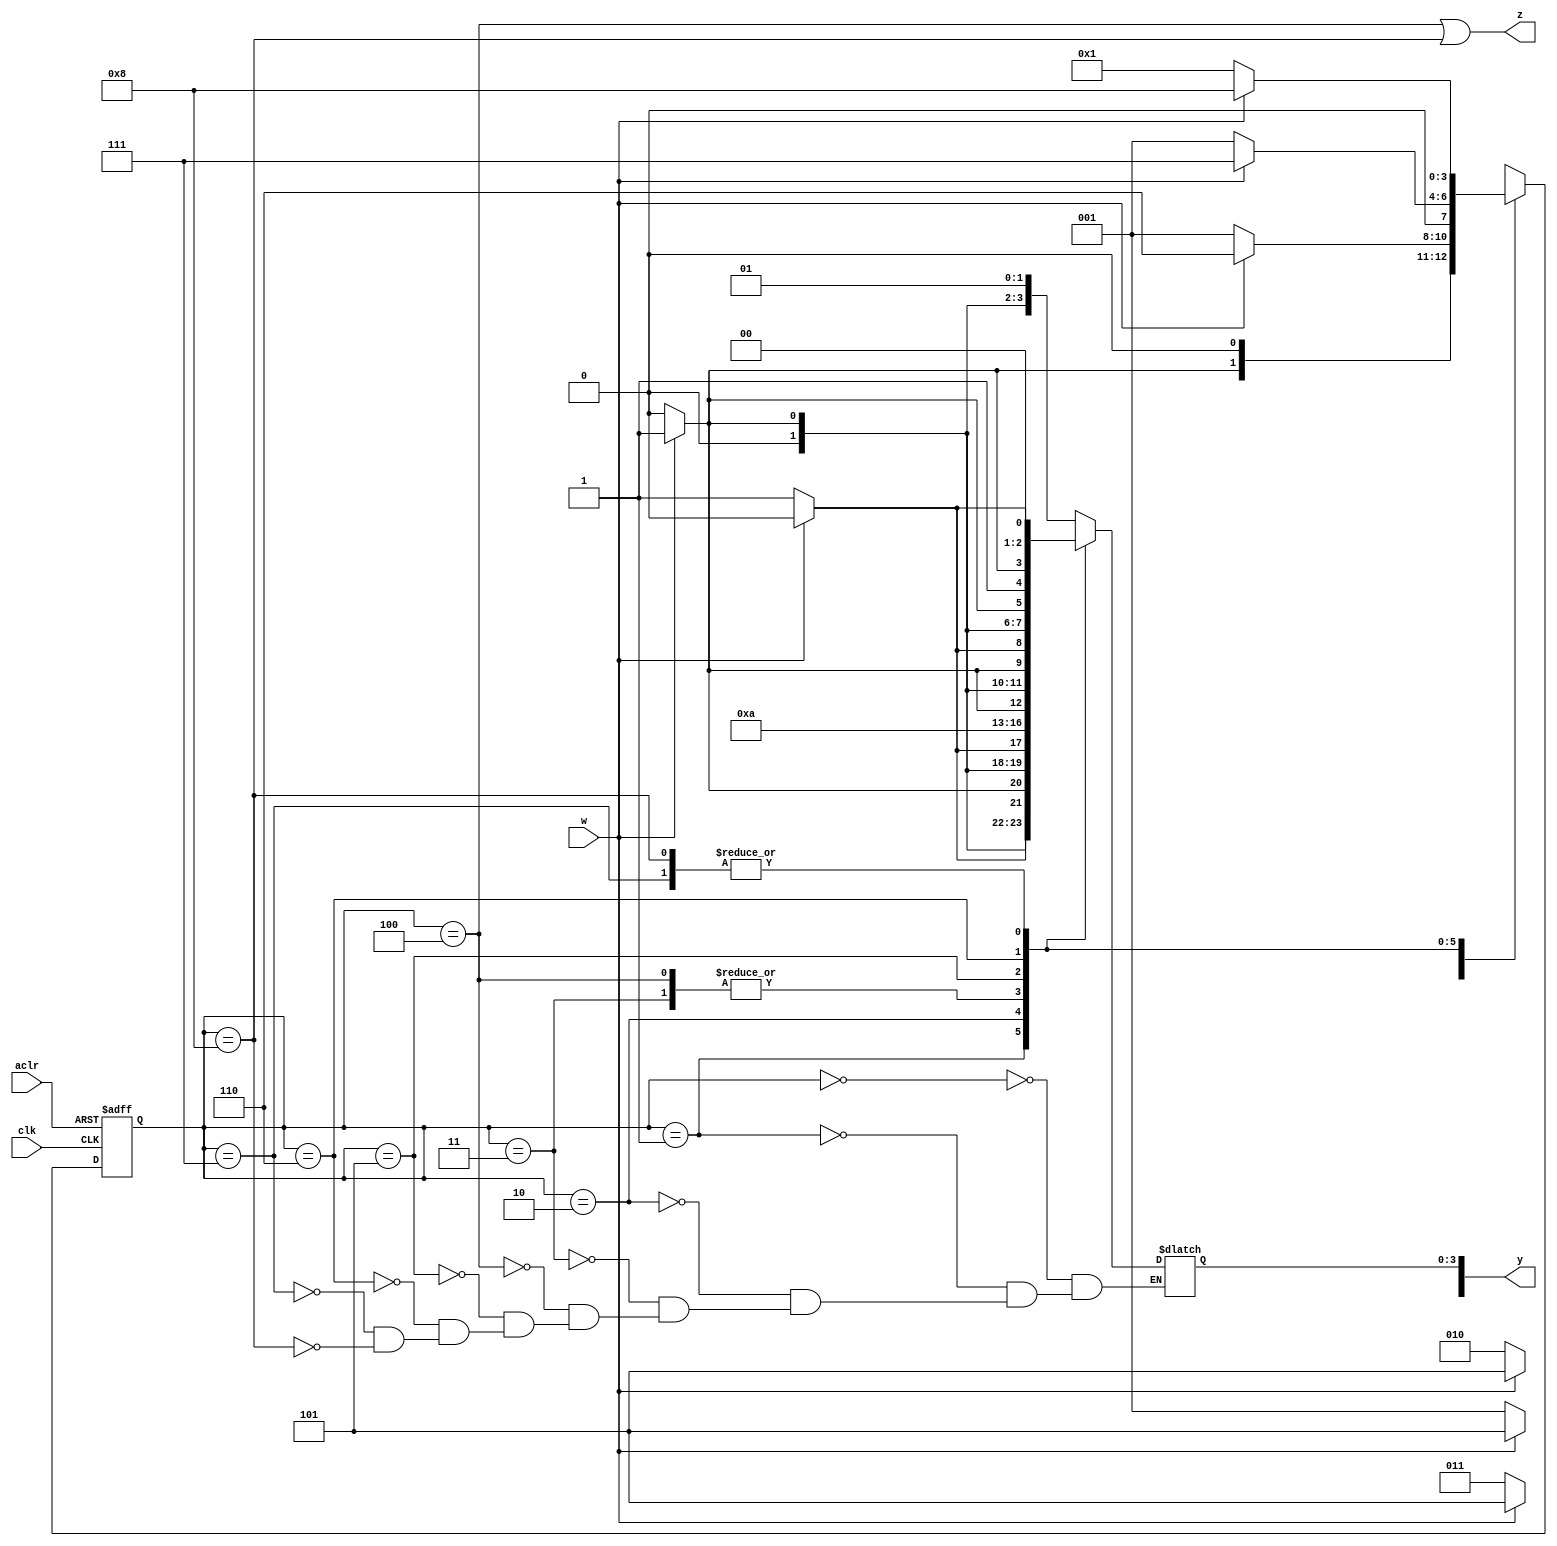
module FSM_user_coding_M(
	input w,clk,aclr,
	output reg z,
	output reg [8:0] y);
	reg [3:0] y_Q,Y_D;
	localparam [3:0]
	A = 4'b0000,
	B = 4'b0001,
	C = 4'b0010,
	D = 4'b0011,
	E = 4'b0100,
	F = 4'b0101,
	G = 4'b0110,
	H = 4'b0111,
	I = 4'b1000;
	always @(*)
	case (y_Q)
		A:
		if (!w) begin 
					Y_D = B;
					y[0]=1;
					y[1]=0;
					y[2]=0;
					y[3]=0;
					end
		else begin	
				Y_D = F;
				y[0]=1;
				y[2]=1;
				y[1]=0;
				y[3]=0;
					end
		B:
		if (!w) begin
					Y_D = C;
					y[0]=0;
					y[1]=1;
					y[2]=0;
					y[3]=0;
					end
		else begin
		Y_D = F;
				y[0]=1;
				y[2]=1;
				y[1]=0;
				y[3]=0;
					end
		C:
		if (!w) begin 
					Y_D = D;
					y[0]=1;
					y[1]=1;
					y[2]=0;
					y[3]=0;
					end
		else begin
		Y_D = F;
				y[0]=1;
				y[2]=1;
				y[1]=0;
				y[3]=0;
					end
		D:
		if (!w) begin 
					Y_D = E;
					y[0]=0;
					y[1]=0;
					y[2]=1;
					y[3]=0;
					end
		else begin
		Y_D = F;
				y[0]=1;
				y[2]=1;
				y[1]=0;
				y[3]=0;
					end
		E:
		if (!w) begin 
					Y_D = E;
					y[0]=0;
					y[1]=0;
					y[2]=1;
					y[3]=0;
					end
		else begin
		Y_D = F;
				y[0]=1;
				y[2]=1;
				y[1]=0;
				y[3]=0;
					end
		F:
		if (!w) begin 
					Y_D = B;
					y[0]=1;
					y[1]=0;
					y[2]=0;
					y[3]=0;
					end
		else begin 
					Y_D = G;
					y[0]=0;
					y[1]=1;
					y[2]=1;
					y[3]=0;
					end
		G:
		if (!w) begin 
					Y_D = B;
					y[0]=1;
					y[1]=0;
					y[2]=0;
					y[3]=0;
					end
		else begin 
					Y_D = H;
					y[0]=1;
					y[1]=1;
					y[2]=1;
					y[3]=0;
					end
		H:
		if (!w) begin 
					Y_D = B;
					y[0]=1;
					y[1]=0;
					y[2]=0;
					y[3]=0;
					end
		else begin 
					Y_D = I;
					y[0]=0;
					y[1]=0;
					y[2]=0;
					y[3]=1;
					end
		I:
		if (!w) begin 
					Y_D = B;
					y[0]=1;
					y[1]=0;
					y[2]=0;
					y[3]=0;
					end
		else begin 
					Y_D = I;
					y[0]=0;
					y[1]=0;
					y[2]=0;
					y[3]=1;
					end
		default:
		Y_D = 4'bxxxx;
endcase
always @(posedge clk,negedge aclr)
if (~aclr)
y_Q <= 0;
else
y_Q <= Y_D;
always @(*)
z = (y_Q == E) | (y_Q == I);
endmodule
module FSM_user_coding(
input [1:0] SW,
input [1:0] KEY,
output [9:0] LEDR);
FSM_user_coding_M ex(SW[1],KEY[0],SW[0],LEDR[9],LEDR[8:0]);
endmodule